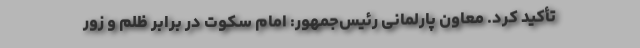
تأکید کرد. معاون پارلمانی رئیس‌جمهور: امام سکوت در برابر ظلم و زور